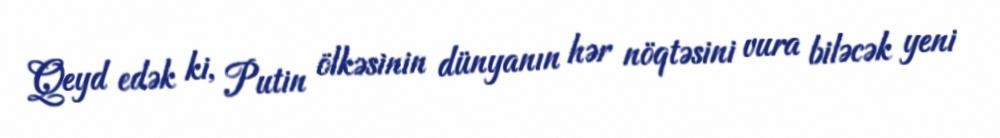
Qeyd edək ki, Putin ölkəsinin dünyanın hər nöqtəsini vura biləcək yeni